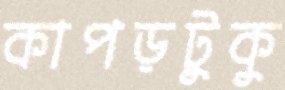
কাপড়টুকু